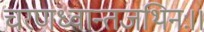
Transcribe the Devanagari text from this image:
चरणध्वान्तजथिनः।।